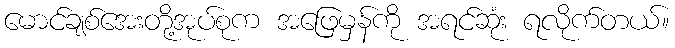
မောင်ချစ်အေးတို့အုပ်စုက အဖြေမှန်ကို အရင်ဆုံး ရလိုက်တယ်။